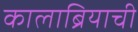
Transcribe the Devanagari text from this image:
कालाब्रियाची